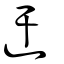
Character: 迀